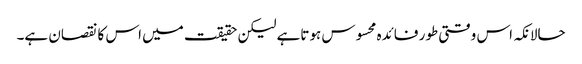
حالانکہ اس وقتی طور فائدہ محسوس ہوتاہے لیکن حقیقت میں اس کا نقصان ہے۔